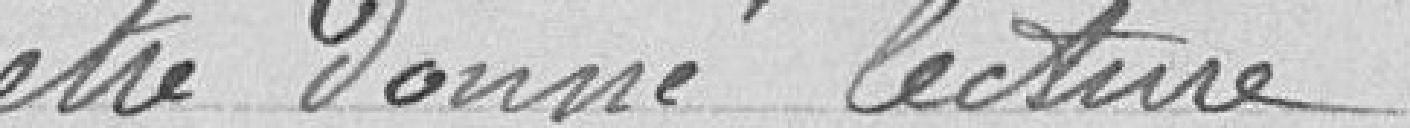
être donné lecture.